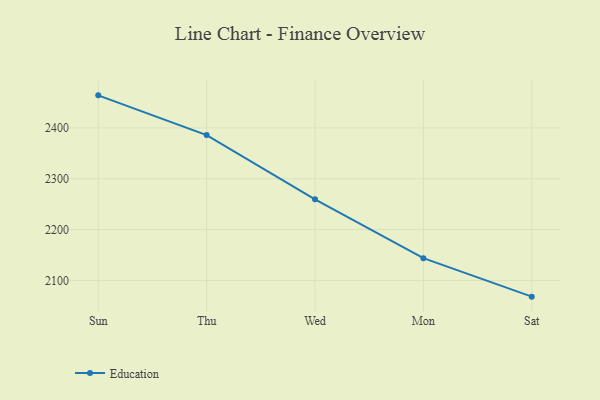
{"axis": {"x": "Day", "y": "Market Share (%)"}, "legend": ["Education"], "data": [{"x": "Sun", "y": 2464.1, "type": "Education"}, {"x": "Thu", "y": 2385.9, "type": "Education"}, {"x": "Wed", "y": 2259.6, "type": "Education"}, {"x": "Mon", "y": 2143.8, "type": "Education"}, {"x": "Sat", "y": 2068.1, "type": "Education"}]}